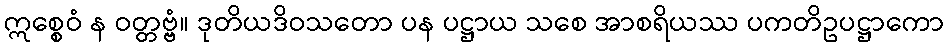
ဣစ္စေဝံ န ဝတ္တဗ္ဗံ။ ဒုတိယဒိဝသတော ပန ပဋ္ဌာယ သစေ အာစရိယဿ ပကတိဥပဋ္ဌာကော